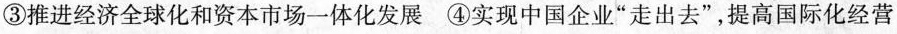
③推进经济全球化和资本市场一体化发展④实现中国企业”走出去”，提高国际化经营